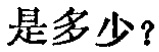
是多少？